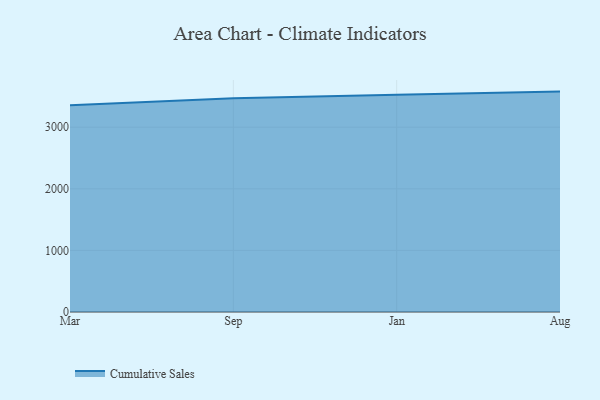
{"axis": {"x": "Month", "y": "Production Output"}, "legend": ["Cumulative Sales"], "data": [{"x": "Mar", "y": 3356.5, "type": "Cumulative Sales"}, {"x": "Sep", "y": 3471.6, "type": "Cumulative Sales"}, {"x": "Jan", "y": 3528.6, "type": "Cumulative Sales"}, {"x": "Aug", "y": 3578.2, "type": "Cumulative Sales"}]}